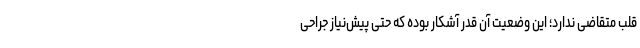
قلب متقاضی ندارد؛ این وضعیت آن قدر آشکار بوده که حتی پیش‌نیاز جراحی